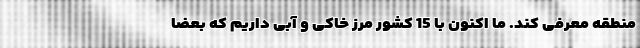
منطقه معرفی کند. ما اکنون با 15 کشور مرز خاکی و آبی داریم که بعضا